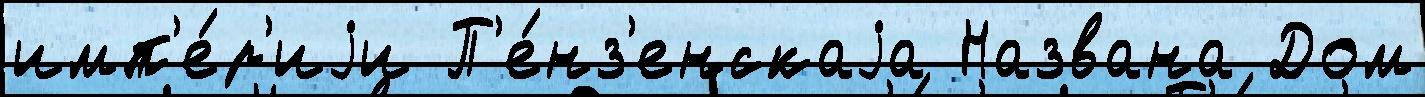
имп'е́р'иjи П'е́нз'енскаjа Названа Дом